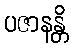
ပဇာနန္တိ